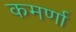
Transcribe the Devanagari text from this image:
कमर्णा